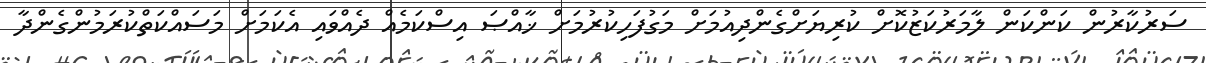
ސަރުކާރުން ކަންކަން ލާމަރުކަޒުކޮށް ކުރިޔަށްގެންދިއުމަށް މަގުފަހިކުރުމަށް ޚާއްޞަ އިސްކަމެއް ދެއްވައި އެކަމަށް މަސައްކަތްކުރަމުންގެންދާ